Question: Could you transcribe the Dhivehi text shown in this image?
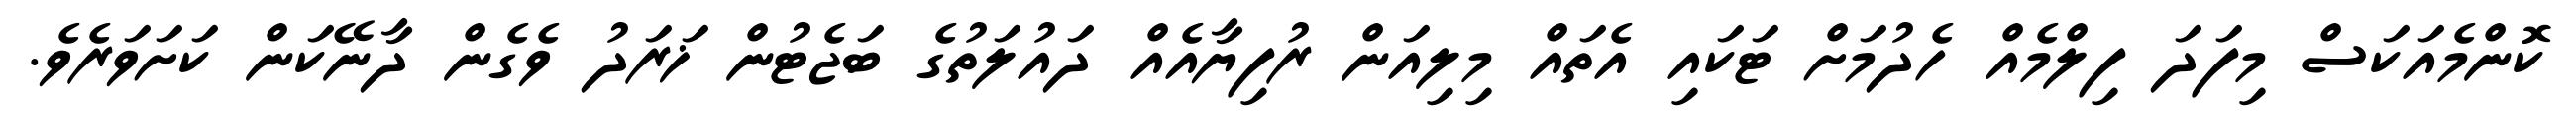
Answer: ކޮންމެއަކަސް މިފަދަ ފިލްމެއް ހެދުމަށް ޓަކައި އެތައް މިލިއަން ރުފިޔާއެއް ދައުލަތުގެ ބަޖެޓުން ޚަރަދު ވެގެން ދާނޭކަން ކަށަވަރެވެ.